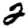
Digit: 2